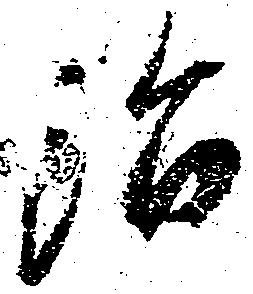
治